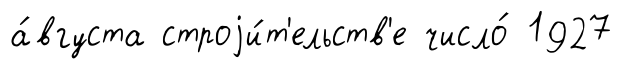
а́вгуста строjи́т'ельств'е число́ 1927